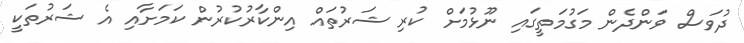
ދުވަސް ވަންދެން މަގުމަތީގައި ނޫޅުމަށް ކުރި ޝަރުތައް އިންކާރުކުރުން ކަމަށާއި އެ ޝަރުތަކީ